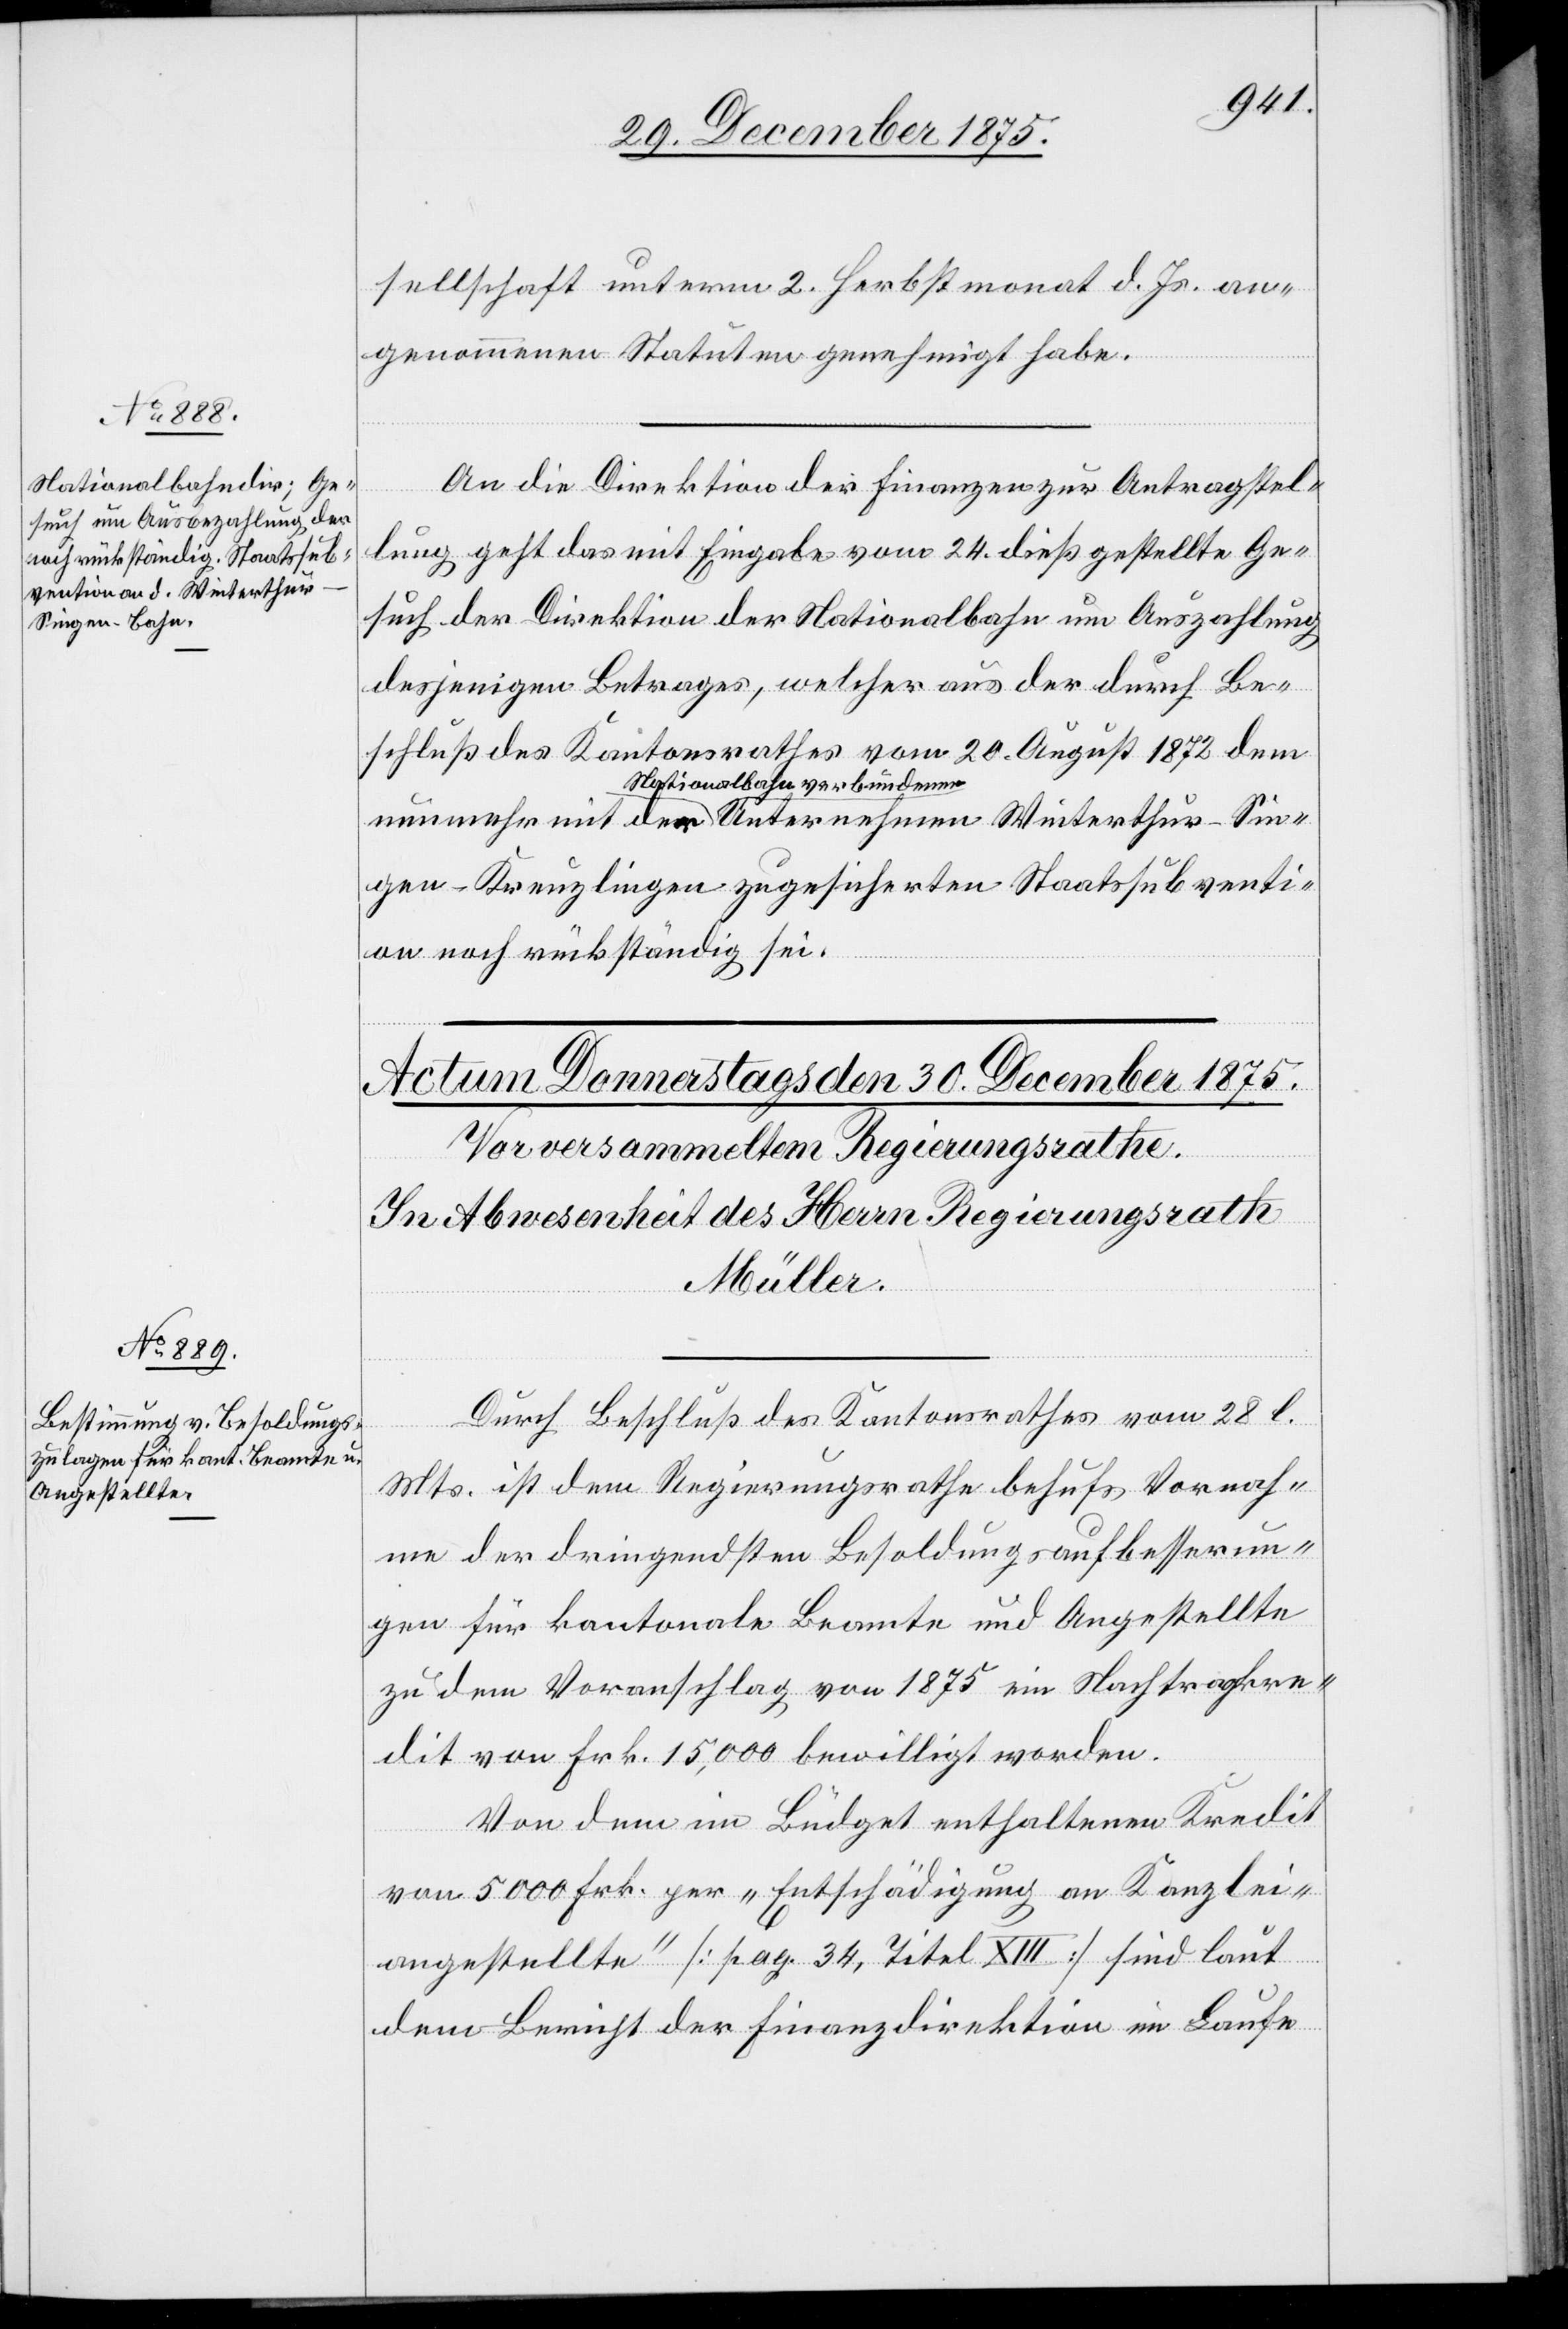
29. December 1875.]
sellschaft unterm 2. Herbstmonat d. Js. an¬
genommenen Stauten genehmigt habe.
An die Direktion der Finanzen zur Antragstel¬
lung geht das mit Eingabe vom 24. d. Mts. gestellte Ge¬
such der Direktion der Nationalbahn um Auszahlung
desjenigen Betrages, welcher aus der durch Be¬
schluß des Kantonsrathes vom 20. August 1872 dem
a-Nationalbahn verbundenen-a
gen–Kreuzlingen zugesicherten Staatssubventi¬
Winterthur–Sin¬
on noch rückständig sei.
Durch Beschluß des Kantonsrathes vom 28. l.
Mts. ist dem Regierungsrathe behufs Vornah¬
me der dringendsten Besoldungsaufbesserun¬
gen für kantonale Beamte und Angestellte
zu dem Voranschlag von 1875 ein Nachtragskre¬
dit von Frk. 15,000 bewilligt worden.
Von dem im Büdget enthaltenen Kredit
von 5000 Frk. per „Entschädigung an Kanzlei¬
angestellte“ [pag. 34, Titel XIII] sind laut
dem Bericht der Finanzdirektion im Laufe